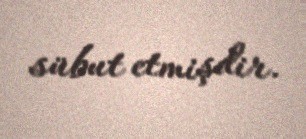
sübut etmişdir.